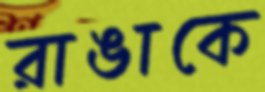
রাঙাকে